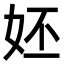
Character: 㚰